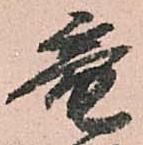
竜